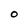
Character: O